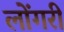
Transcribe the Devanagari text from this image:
लोंगरी